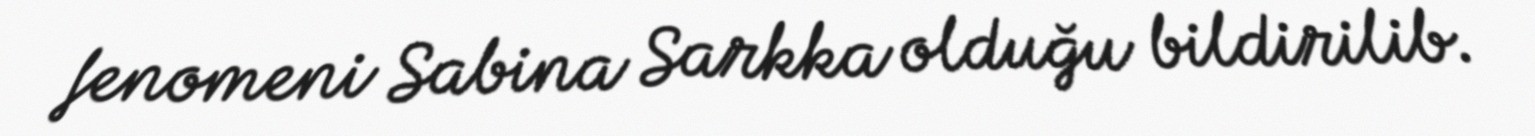
fenomeni Sabina Sarkka olduğu bildirilib.